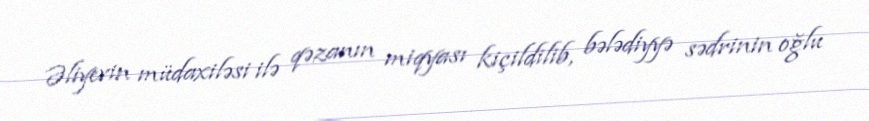
Əliyevin müdaxiləsi ilə qəzanın miqyası kiçildilib, bələdiyyə sədrinin oğlu